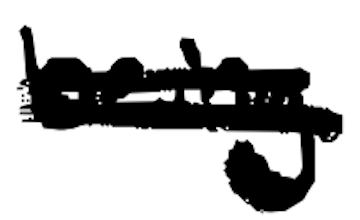
Text: being
Cross-out: double-line
Writing tool: digital_black